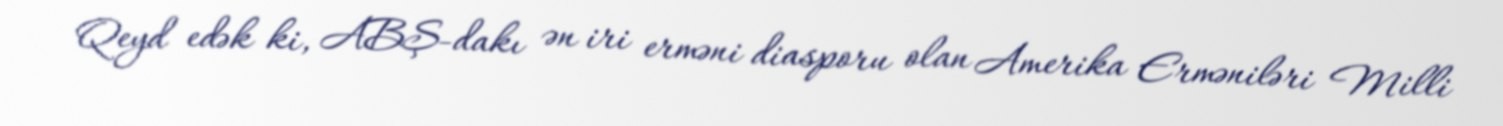
Qeyd edək ki, ABŞ-dakı ən iri erməni diasporu olan Amerika Erməniləri Milli